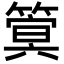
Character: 䈿